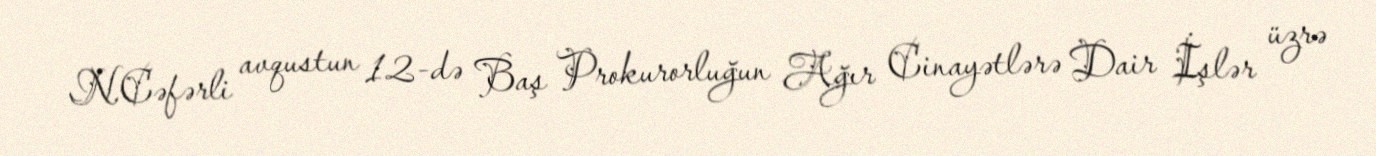
N.Cəfərli avqustun 12-də Baş Prokurorluğun Ağır Cinayətlərə Dair İşlər üzrə